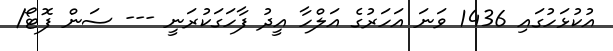
އުކުޅަހުގައި 1436 ވަނަ އަހަރުގެ އަލްހާ އީދު ފާހަގަކުރަނީ --- ސަން ފޮޓޯ/